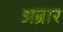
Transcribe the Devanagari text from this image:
अब्रार